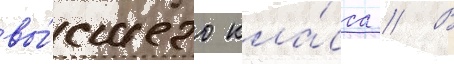
вы́сшего кла́сса // В